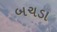
બચડા